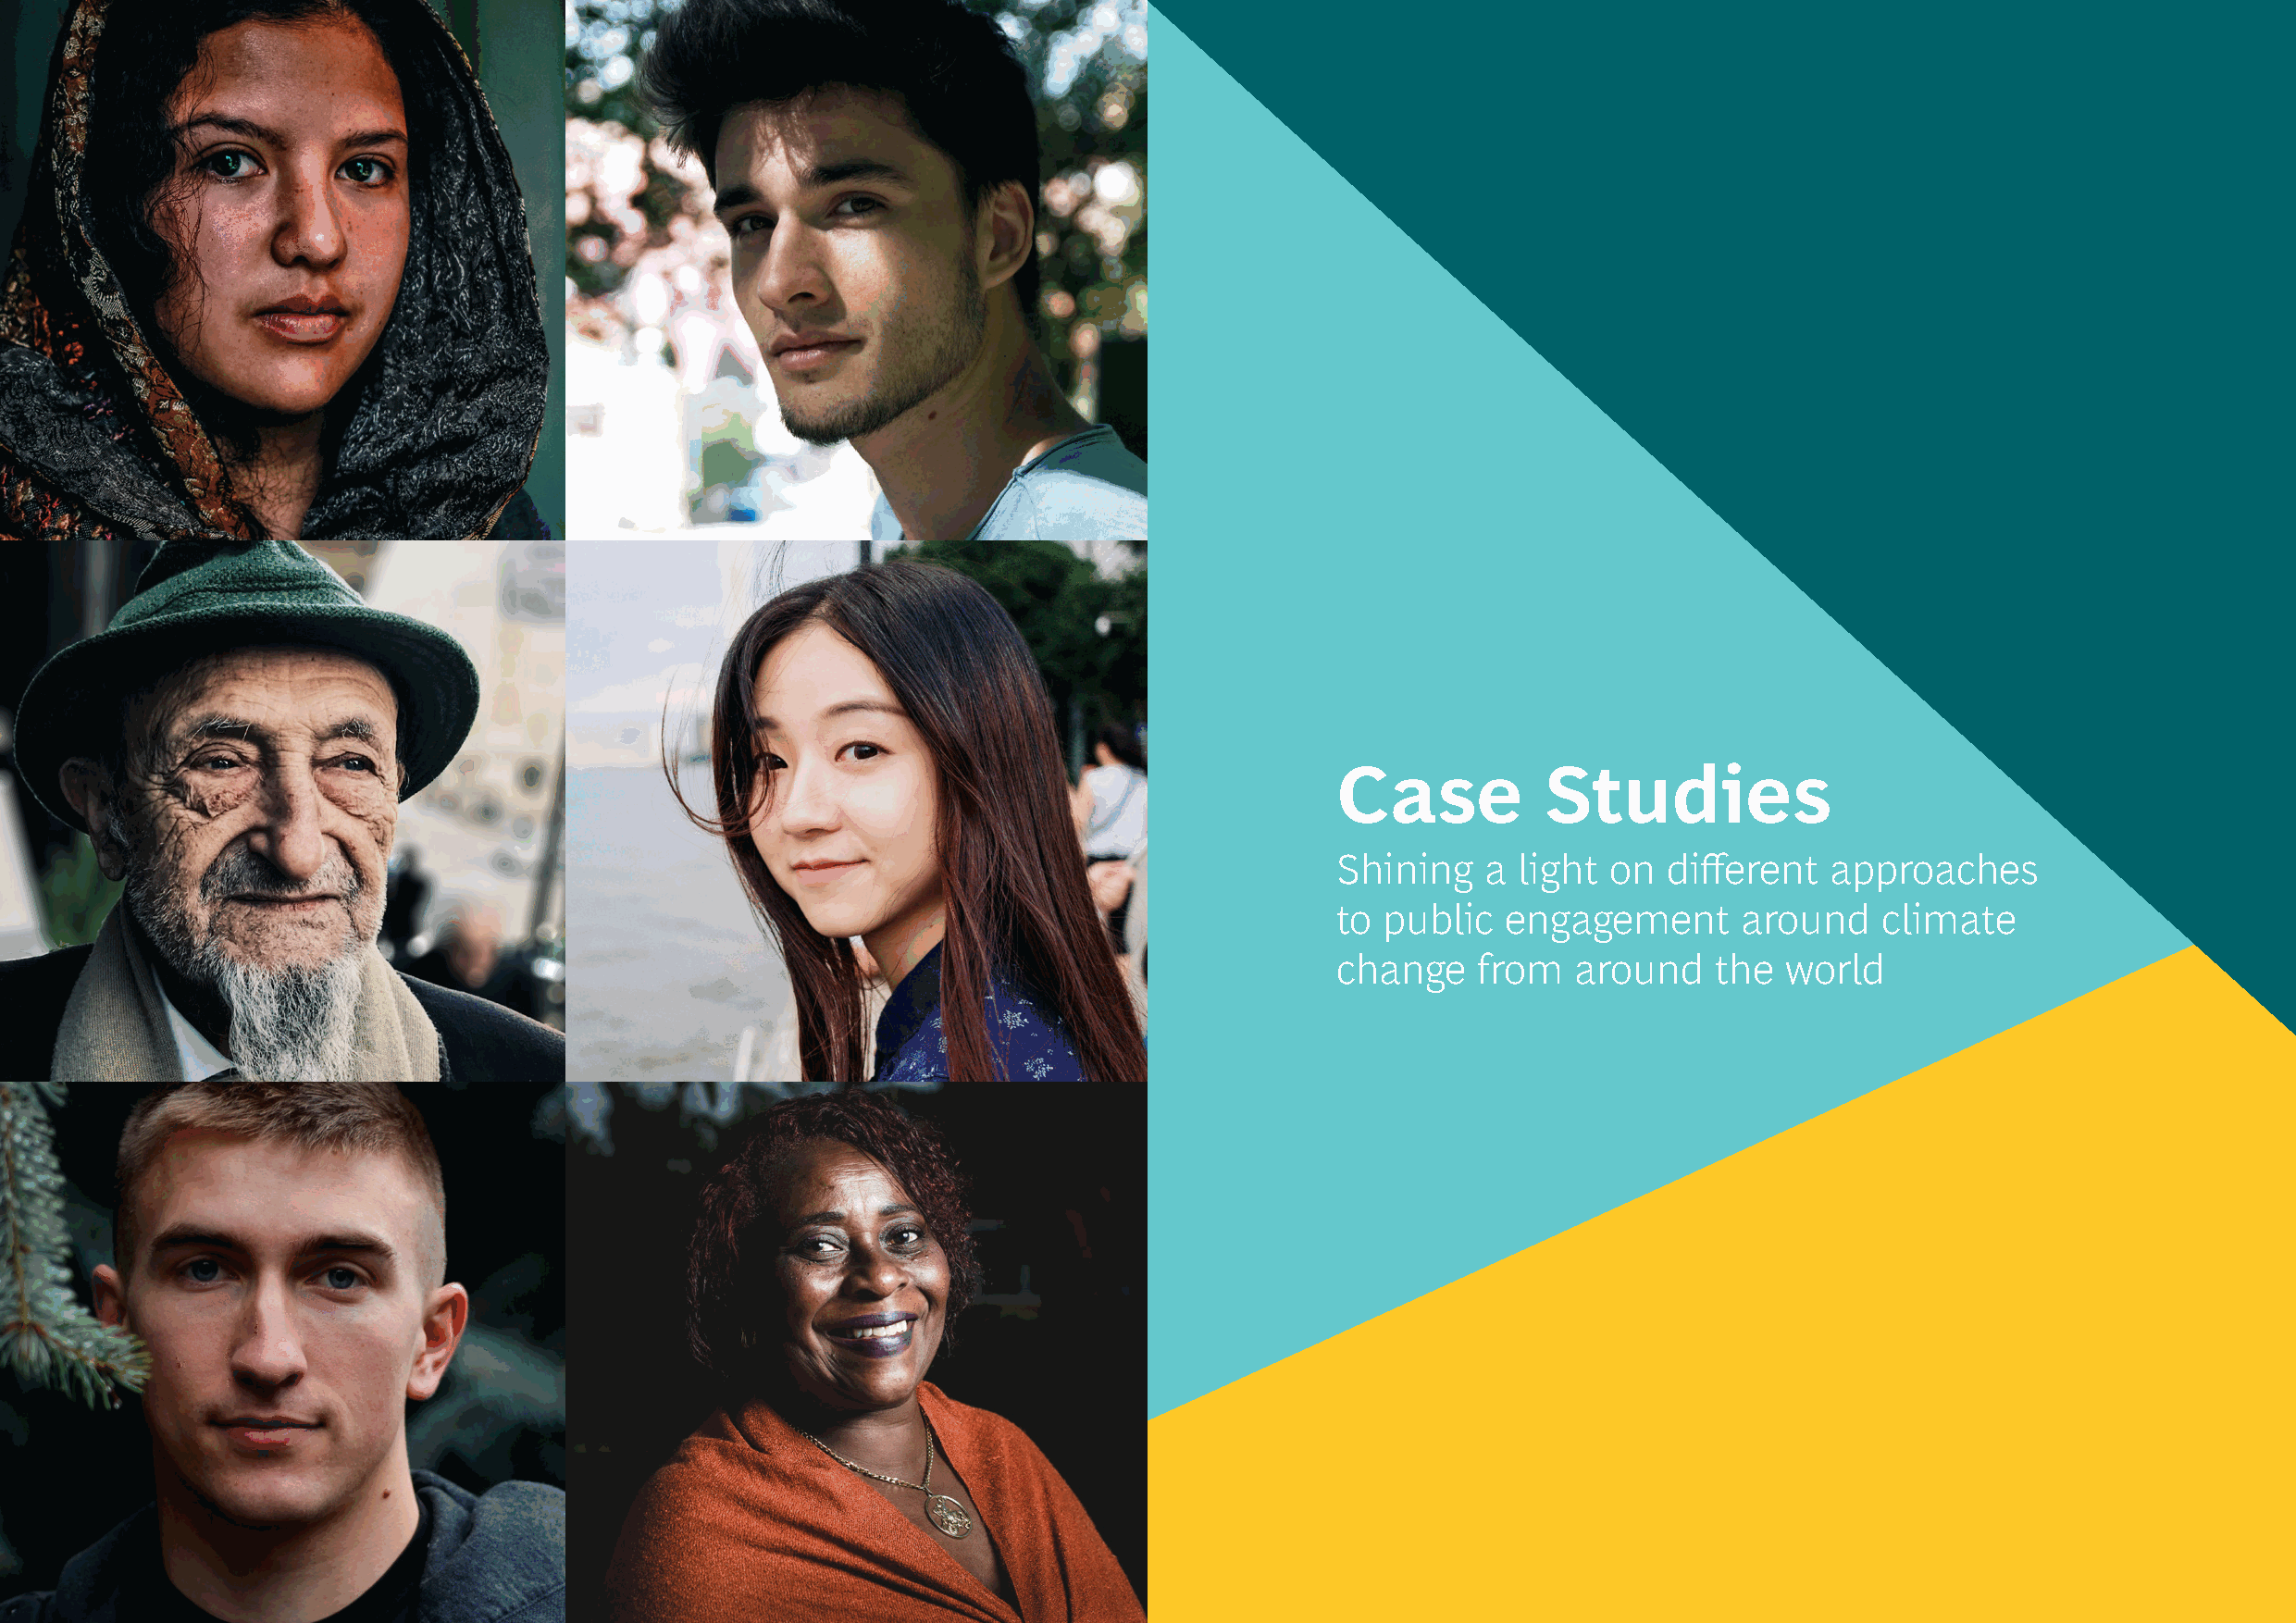
Case          Studies
 Shining   a  light on  different   approaches
 to public   engagement       around    climate
 change    from   around    the  world